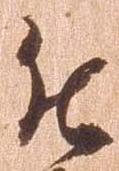
被